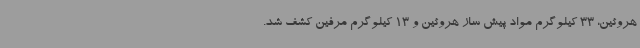
هروئین، 33 کیلوگرم مواد پیش ساز هروئین و 13 کیلوگرم مرفین کشف شد.